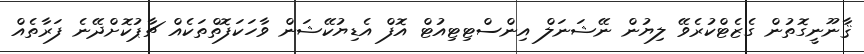
ޤާނޫނީގޮތުން ގެޒެޓްކުރެވޭ ލިޔުން ނޭޝަނަލް އިންސްޓިޓިއުޓް އޮފް އެޑިޔުކޭޝަން ވާހަކަފޮތްތަކެއް ޗާޕުކޮށްދޭނެ ފަރާތެއް